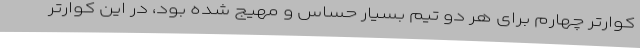
کوارتر چهارم برای هر دو تیم بسیار حساس و مهیج شده بود، در این کوارتر